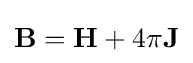
\mathbf {B} =\mathbf {H} +4\pi \mathbf {J}